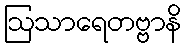
ဩသာရေတဗ္ဗာနိ